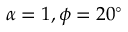
\alpha = 1 , \phi = 2 0 ^ { \circ }